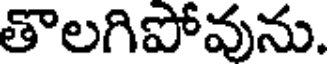
తొలగిపోవును.